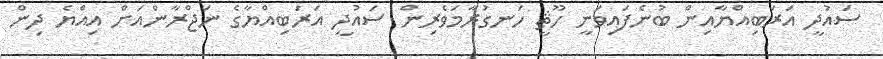
ސައުދީ އަރަބިއްޔާއިން ބުނެފައިވަނީ ހޫޘީ ހަނގުރާމަވެރިން ސައުދީ އަރަބިއްޔާގެ ނަޖްރާންއަށް އިއްޔެ ދިން